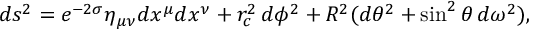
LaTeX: d s ^ { 2 } = e ^ { - 2 \sigma } \eta _ { \mu \nu } d x ^ { \mu } d x ^ { \nu } + r _ { c } ^ { 2 } \, d \phi ^ { 2 } + R ^ { 2 } ( d \theta ^ { 2 } + \sin ^ { 2 } \theta \, d \omega ^ { 2 } ) ,